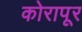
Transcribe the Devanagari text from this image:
कोरापूर